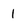
Character: 1